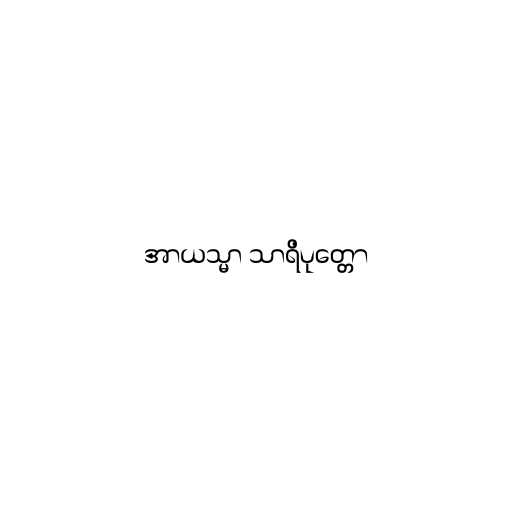
အာယသ္မာ သာရိပုတ္တော